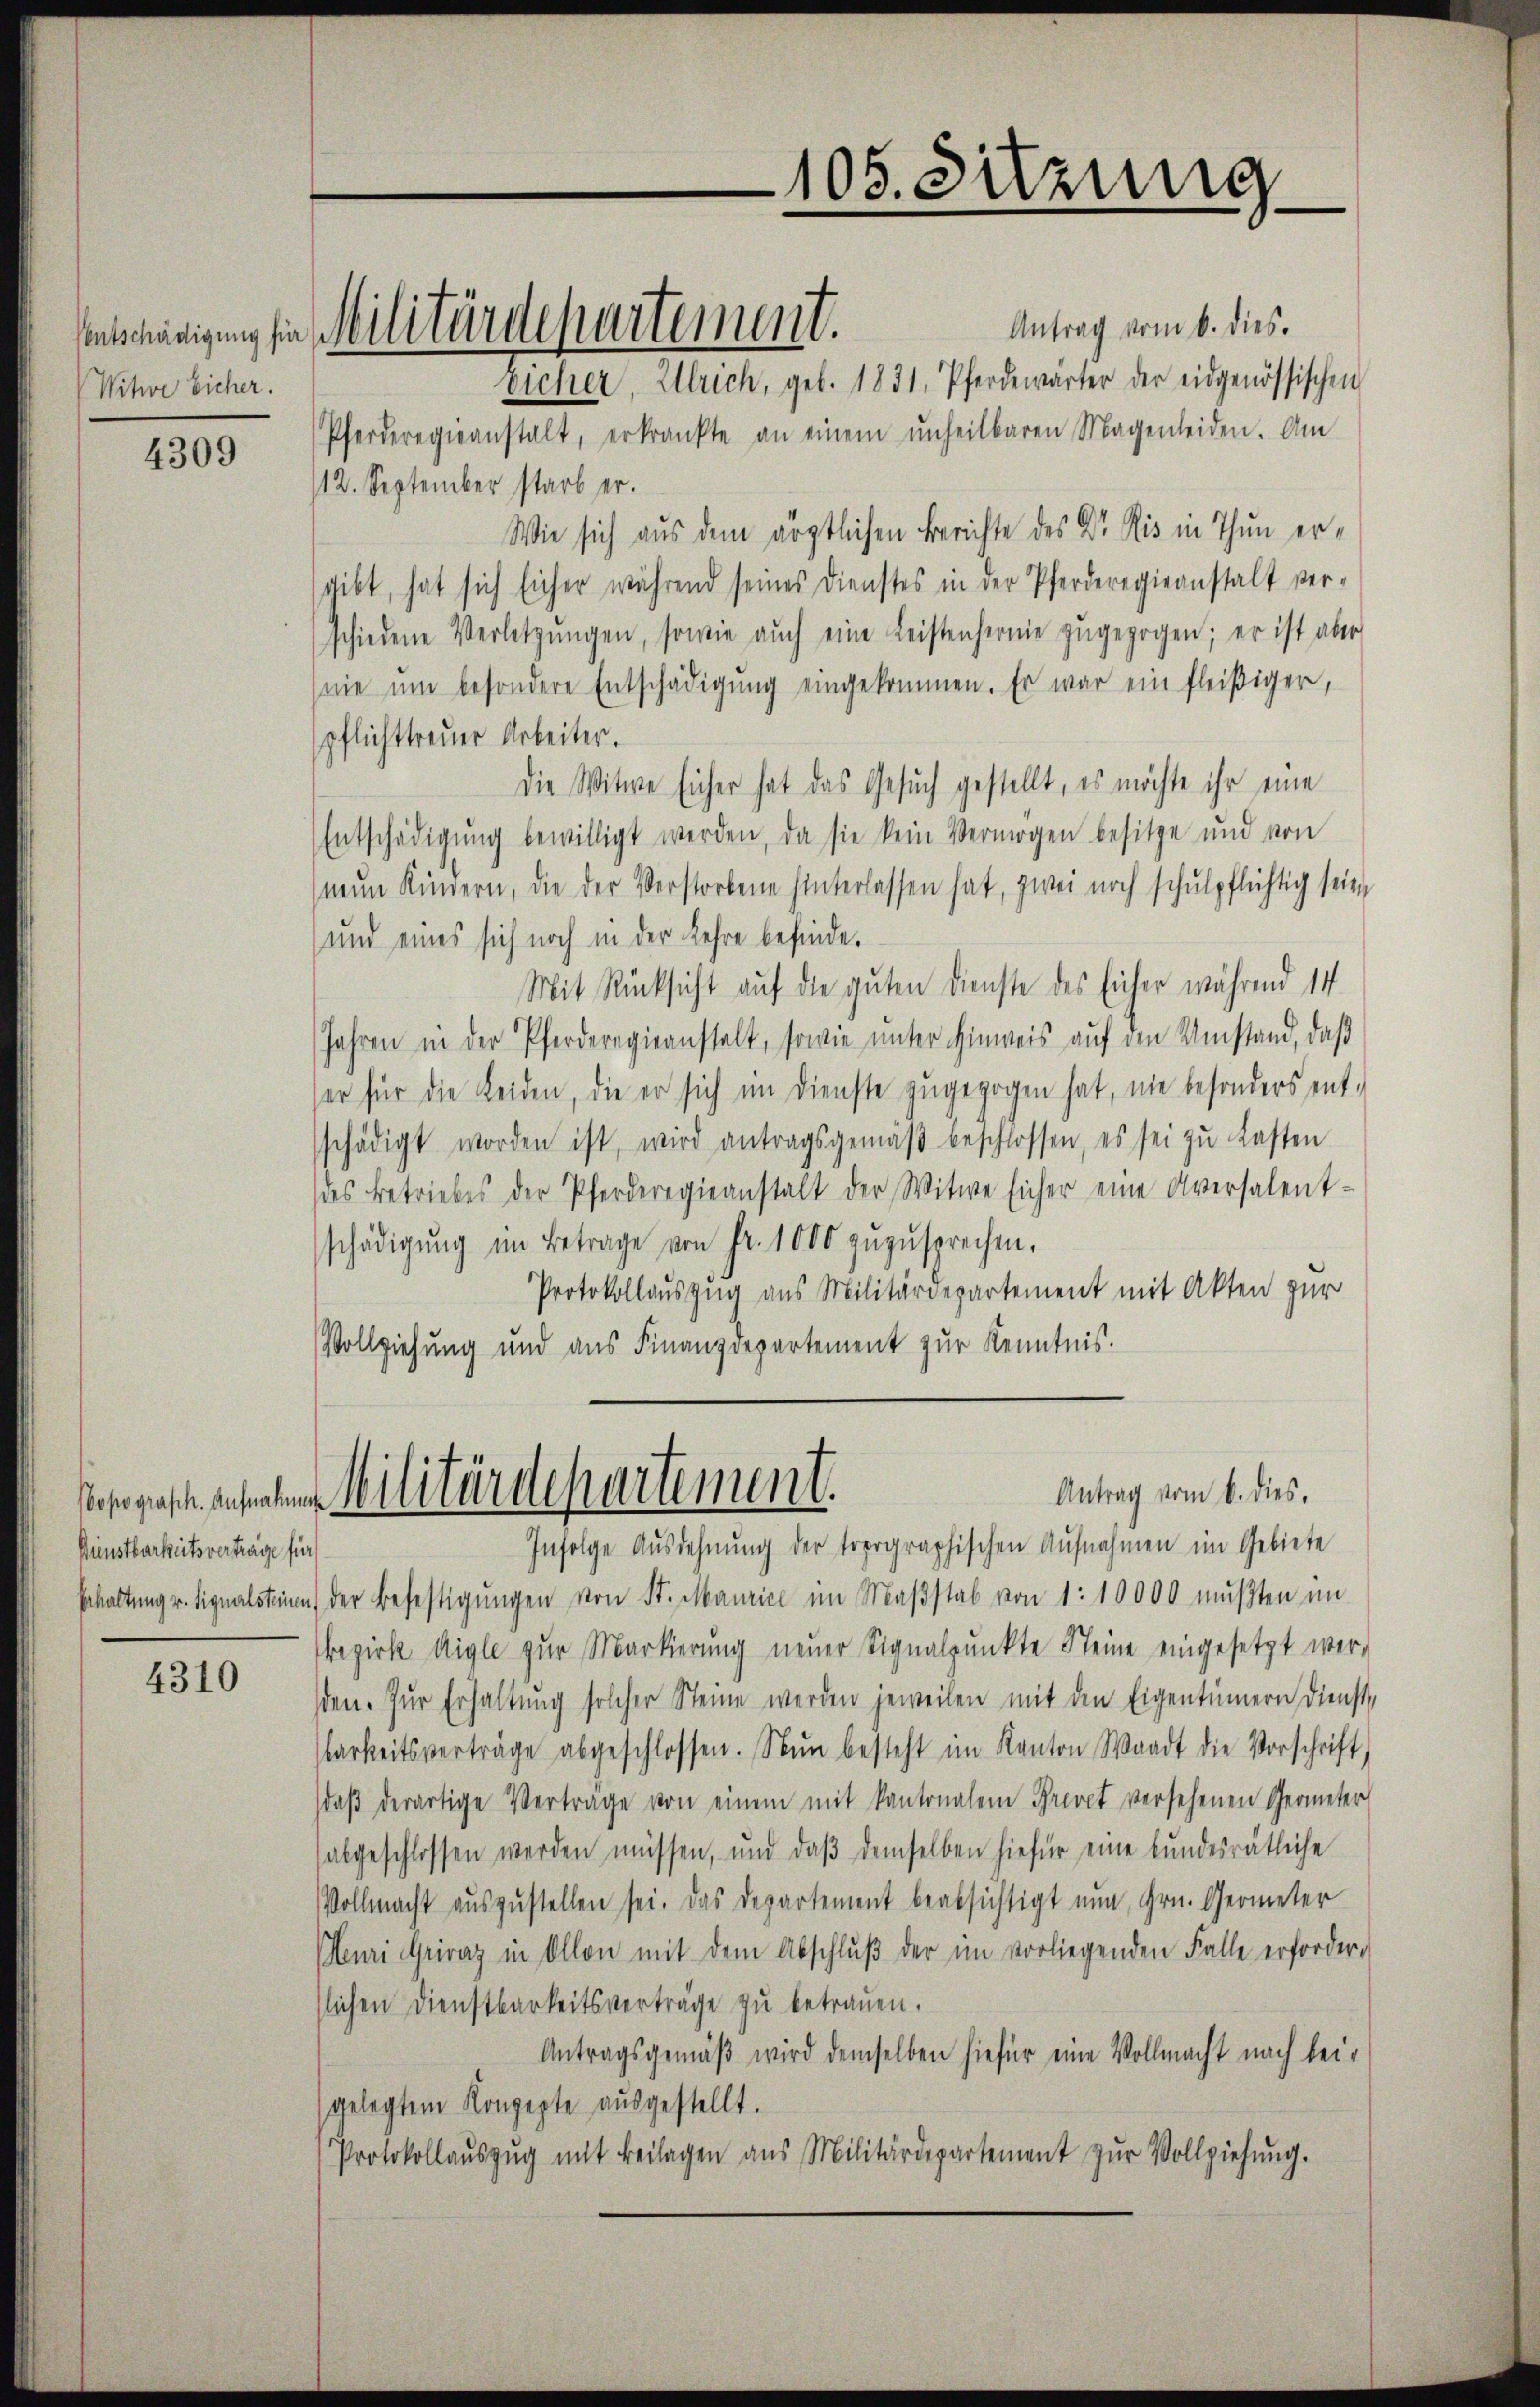
Ventschädigung für
Witwe Sicher.

4309

Dienstbarkeitsvertrage für

4310

Antrag vom 6. dies.
Eicher, Ulrich, geb. 1831. Pferdewärter der eidgenössischen
Pferderegieanstalt, erkrankte an einem unheilbaren Magenleiden. Am
/12. September starb er.
Wie sich aus dem ärztlichen Berichte des Dr. Kis in Thun ersgibt, hat sich sicher während seines Dienstes in der Pferderegieanstalt ver-
schiedene Verletzŭngen, sowie aŭch eine Leistenferne zŭgezogen; er ist aber
nie um besondere Entschädigŭng eingekommen. Er war ein fleißiger,
pflichttreuer Arbeiter.
Die Witwe sicher hat das Gesuch gestellt, es möchte ihr eine
Entschädigung bewilligt werden, da sie kein Vermögen besitze und von
neun Kindern, die der Verstorbene hinterlassen hat, zwei noch schulpflichtig seien
und eines sich noch in der Lehre befinde.
Mit Rücksicht auf die guten Dienste des Eicher während 14
Jahren in der Pferderegieanstalt, sowie ŭnter Hinweis aŭf den Umstand, daβ
ser für die Leiden, die er sich im Dienste zugezogen hat, nie besonders ent-
schädigt worden ist, wird antragsgemäβ beschlossen, es sei zu lasten
des Betriebes der Pferderegieanstalt der Witwe sicher eine Aversalent-
schädigŭng im Betrage von Fr. 1000 zŭzŭsprechen.
Protokollauszug aus Militärdepartement mit Akten zur
Vollziehung und aus Finanzdepartement zur Kenntnis.

Infolge Ausdehnung der topographischen Aufnahmen im Gebiete
Erhaltŭng u. Signalstie der Befestigŭngen von St. Maurice im Maβstab von 1:10000 mußten im
bezirk Aigle zur Markierung neuer Signalpunkte Steine eingesetzt wer-
sten. Zur Erhaltung solcher Steine werden jeweilen mit den Eigentümern dienst,
barkeitsverträge abgeschlossen. Nun besteht im Kanton Waadt die Vorschrift,
daβ derartige Verträge von einem mit Kantonalem Brevet versehenen Geometer
abgeschlossen werden müssen, und daß demselben hiefür eine bundesrätliche
Vollmacht auszustellen sei. Das Departement beabsichtigt nun, Hrn. Geometer
Meuri Griraz in Allon mit dem Abschlŭβ der im vorliegenden Falle erforderslichen Dienstbarkeitsverträge zu betrauen.
Antragsgemäß wird demselben hiefür eine Vollmacht nach beigelegtem Konzepte ausgestellt.
Protokollaŭszŭg mit Beilagen aus Militärdepartement zŭr Vollziehŭng.

Militärdepartement.

105. Sitzung

Antrag vom 6. dies.
Reggisch ansenden Militärdepartement.